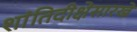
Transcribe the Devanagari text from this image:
शांतिदीक्षेसारखे